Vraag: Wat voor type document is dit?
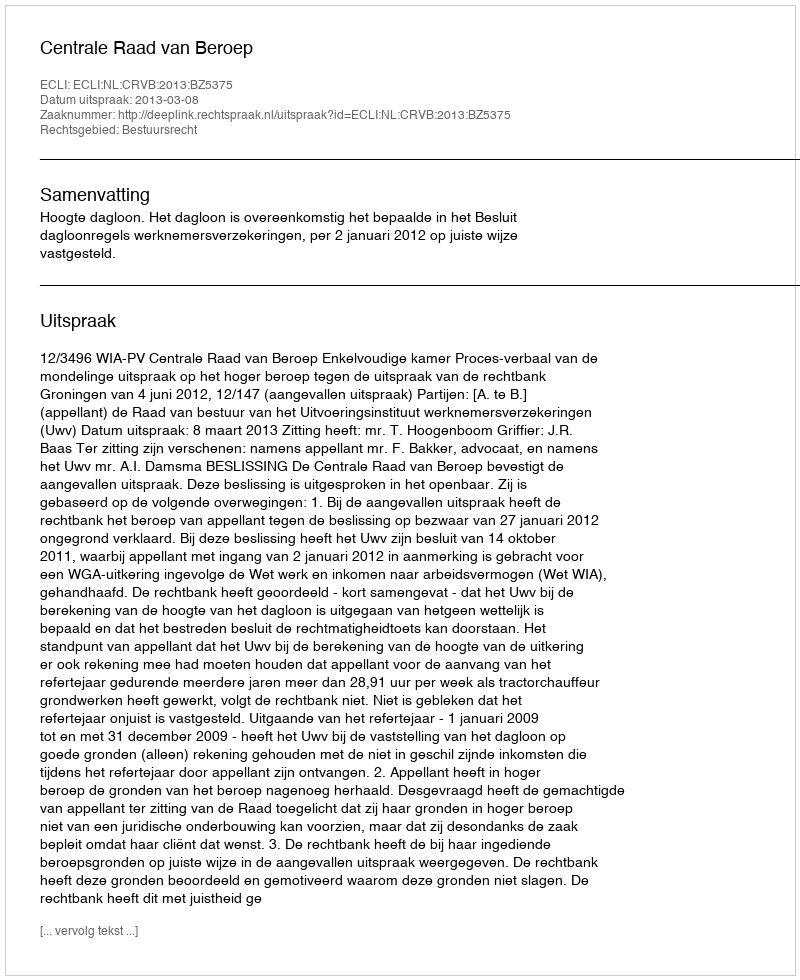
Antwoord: Uitspraak